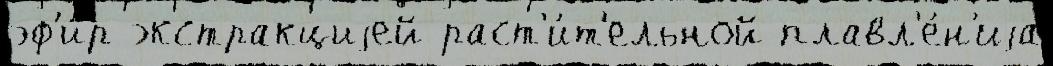
эф'и́р экстракциjей раст'и́т'ельной плавл'е́н'иjа